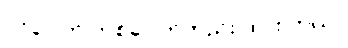
ဝင်ပေါက် တစ်ပေါက်တည်း ထား တယ်။